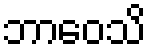
ဘာဝေသိ